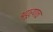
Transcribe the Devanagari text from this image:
अपूर्णच